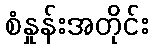
စံနှုန်းအတိုင်း